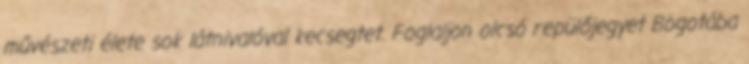
művészeti élete sok látnivalóval kecsegtet. Foglaljon olcsó repülőjegyet Bogotába